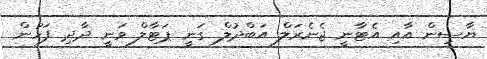
ޔާސިން އާއި އެޓާނީ ޖެނެރަލް އަބްދުލް ގަނީ ޕަޓާލް ވަނީ ދާދި ފަހުން